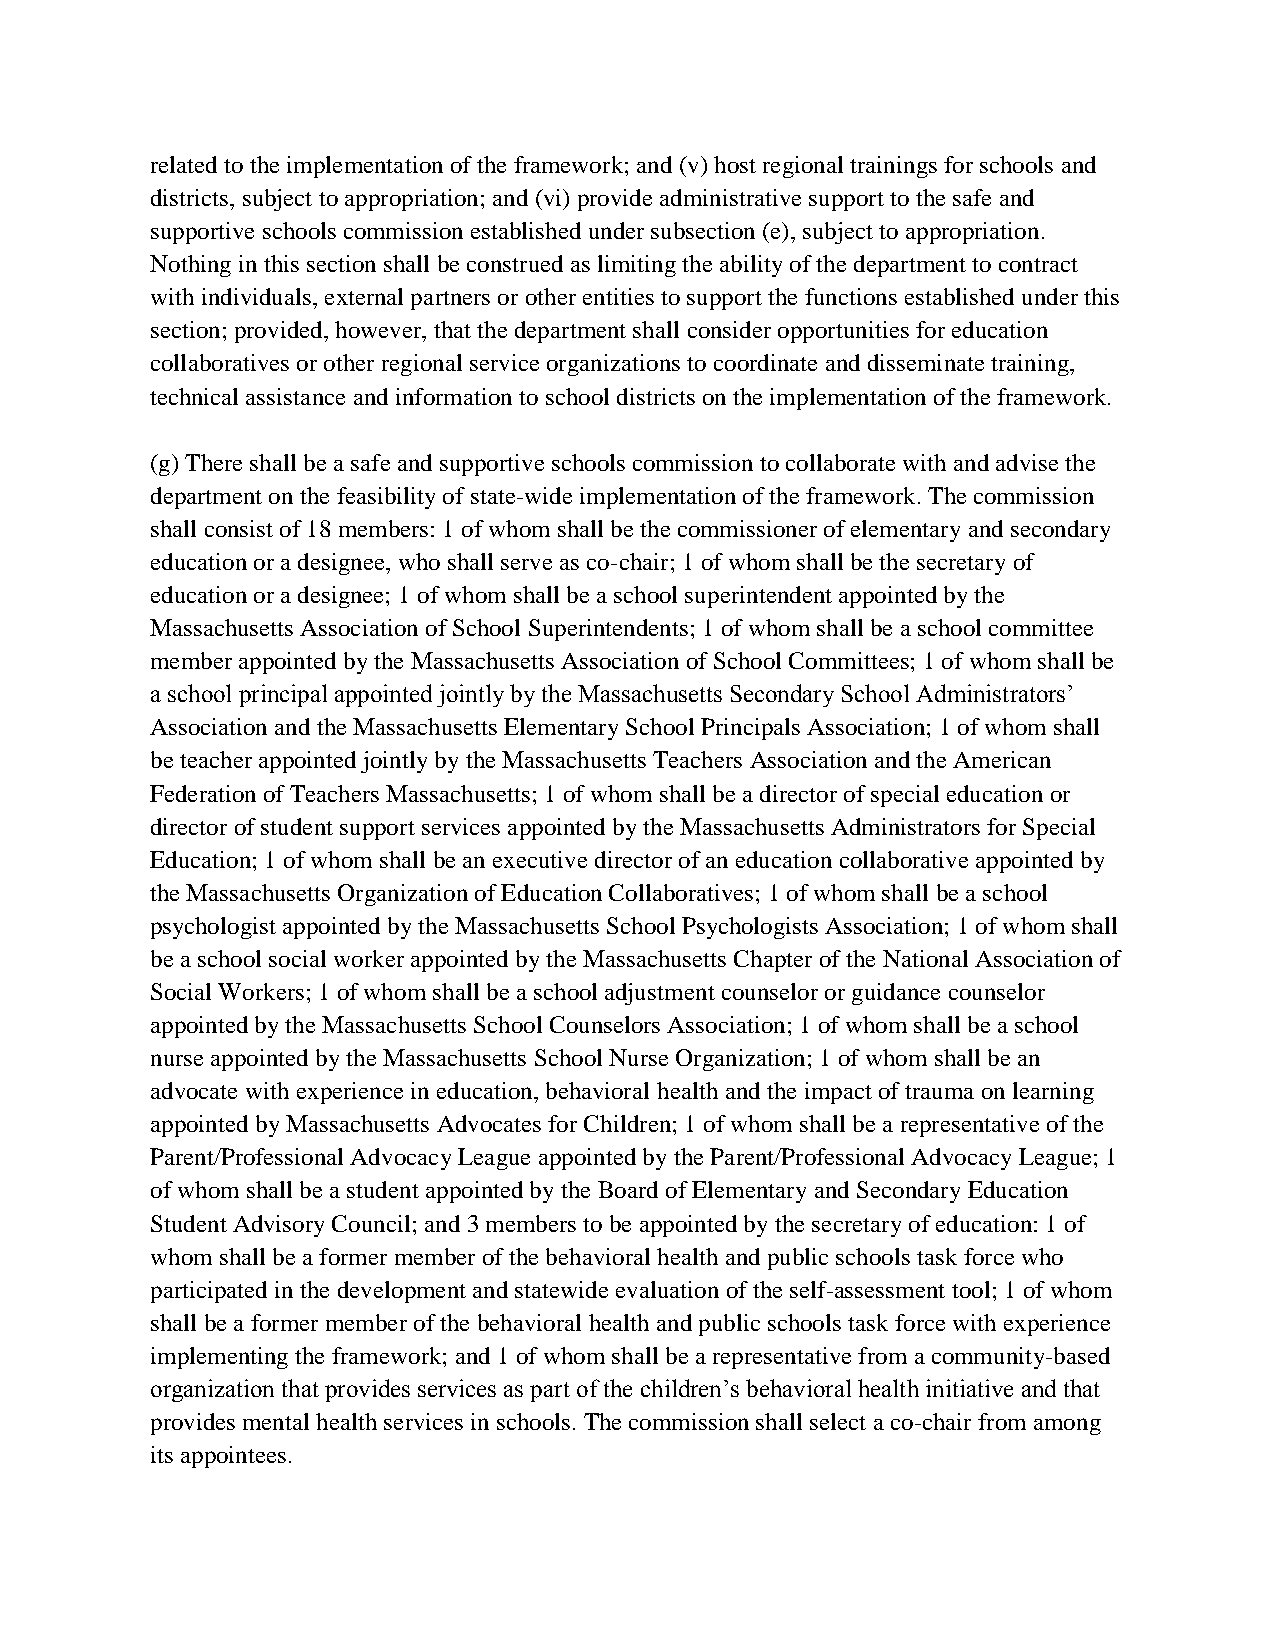
related to the implementation of the framework; and (v) host regional trainings for schools and
 districts, subject to appropriation; and (vi) provide administrative support to the safe and
 supportive schools commission established under subsection (e), subject to appropriation.
 Nothing in this section shall be construed as limiting the ability of the department to contract
 with individuals, external partners or other entities to support the functions established under this
 section; provided, however, that the department shall consider opportunities for education
 collaboratives or other regional service organizations to coordinate and disseminate training,
 technical assistance and information to school districts on the implementation of the framework.
 (g) There shall be a safe and supportive schools commission to collaborate with and advise the
 department on the feasibility of state-wide implementation of the framework. The commission
 shall consist of 18 members: 1 of whom shall be the commissioner of elementary and secondary
 education or a designee, who shall serve as co-chair; 1 of whom shall be the secretary of
 education or a designee; 1 of whom shall be a school superintendent appointed by the
 Massachusetts Association of School Superintendents; 1 of whom shall be a school committee
 member appointed by the Massachusetts Association of School Committees; 1 of whom shall be
 a school principal appointed jointly by the Massachusetts Secondary School Administrators’
 Association and the Massachusetts Elementary School Principals Association; 1 of whom shall
 be teacher appointed jointly by the Massachusetts Teachers Association and the American
 Federation of Teachers Massachusetts; 1 of whom shall be a director of special education or
 director of student support services appointed by the Massachusetts Administrators for Special
 Education; 1 of whom shall be an executive director of an education collaborative appointed by
 the Massachusetts Organization of Education Collaboratives; 1 of whom shall be a school
 psychologist appointed by the Massachusetts School Psychologists Association; 1 of whom shall
 be a school social worker appointed by the Massachusetts Chapter of the National Association of
 Social Workers; 1 of whom shall be a school adjustment counselor or guidance counselor
 appointed by the Massachusetts School Counselors Association; 1 of whom shall be a school
 nurse appointed by the Massachusetts School Nurse Organization; 1 of whom shall be an
 advocate with experience in education, behavioral health and the impact of trauma on learning
 appointed by Massachusetts Advocates for Children; 1 of whom shall be a representative of the
 Parent/Professional Advocacy League appointed by the Parent/Professional Advocacy League; 1
 of whom shall be a student appointed by the Board of Elementary and Secondary Education
 Student Advisory Council; and 3 members to be appointed by the secretary of education: 1 of
 whom shall be a former member of the behavioral health and public schools task force who
 participated in the development and statewide evaluation of the self-assessment tool; 1 of whom
 shall be a former member of the behavioral health and public schools task force with experience
 implementing the framework; and 1 of whom shall be a representative from a community-based
 organization that provides services as part of the children’s behavioral health initiative and that
 provides mental health services in schools. The commission shall select a co-chair from among
 its appointees.